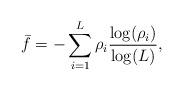
LaTeX: \begin{align*}\bar{f} = -\sum\limits_{i=1}^L\rho_i \frac{\log(\rho_i)}{\log(L)},\end{align*}